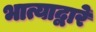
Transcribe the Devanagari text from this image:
भात्याद्वारे